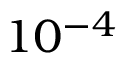
1 0 ^ { - 4 }